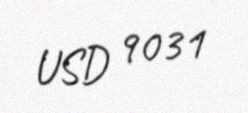
USD 9031